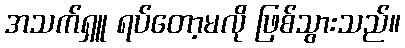
အသက်ရှူ ရပ်တော့မလို ဖြစ်သွားသည်။